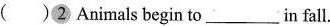
( )2 Animals begin to___in fall.